Leaving Certificate Examination (including Day School Certificate (Higher) General paper), 1933
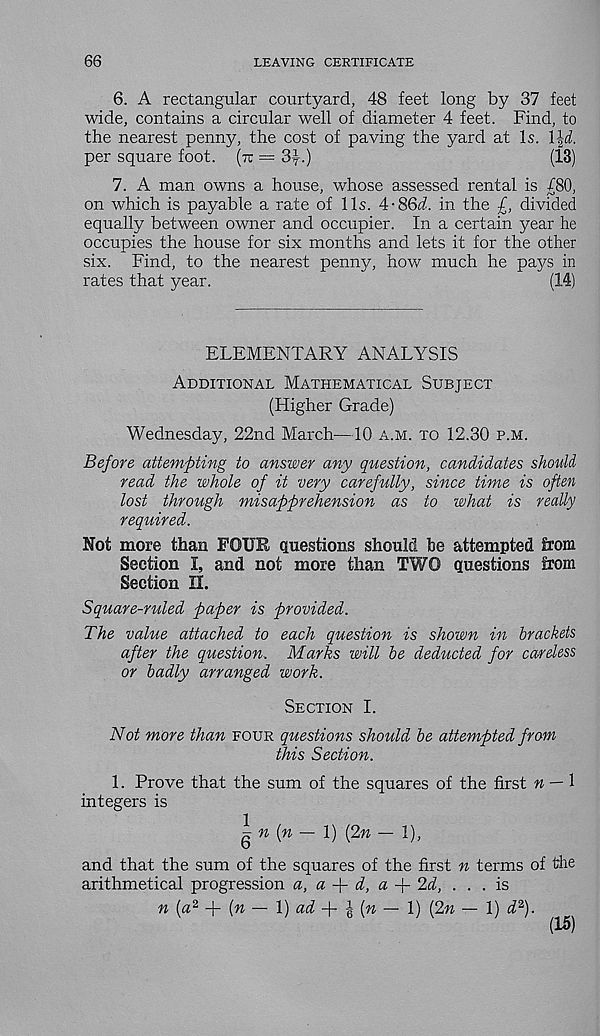
66
LEAVING CERTIFICATE
6. A rectangular courtyard, 48 feet long by 37 feet
wide, contains a circular well of diameter 4 feet. Find, to
the nearest penny, the cost of paving the yard at Is. l\d.
per square foot, (tt = 3y-)
(13)
7. A man owns a house, whose assessed rental is £80,
on which is payable a rate of 11s. 4-86(7. in the £, divided
equally between owner and occupier. In a certain year he
occupies the house for six months and lets it for the other
six. Find, to the nearest penny, how much he pays in
rates that year.
(14)
ELEMENTARY ANALYSIS
Additional Mathematical Subject
(Higher Grade)
Wednesday, 22nd March—10 a.m. to 12.30 p.m.
Before attempting to answer any question, candidates should
read the whole of it very carefully, since time is often
lost through misapprehension as to what is really
required.
Not more than FOUR Questions should he attempted from
Section I, and not more than TWO questions from
Section II.
Square-ruled paper is provided.
The value attached to each question is shown in brackets
after the question. Marks will be deducted for careless
or badly arranged work.
Section I.
Not more than four questions should be attempted from
this Section.
1. Prove that the sum of the squares of the first n — 1
integers is
^n (n — 1) (2n — 1),
and that the sum of the squares of the first n terms of the
arithmetical progression a, a
d, a -p 2d, . . .is
n (a 2 -f [n — 1) ad
(n — 1) (2n — 1) d 2 ).
(15)